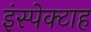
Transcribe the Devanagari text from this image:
इंस्पेक्टाह